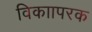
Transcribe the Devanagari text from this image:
विकाापरक